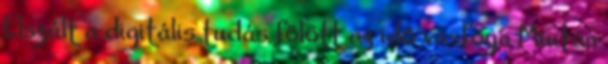
Elszált a digitális tudás fölött az idő vasfoga Miután